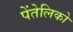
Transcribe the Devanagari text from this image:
पेंतेलिको